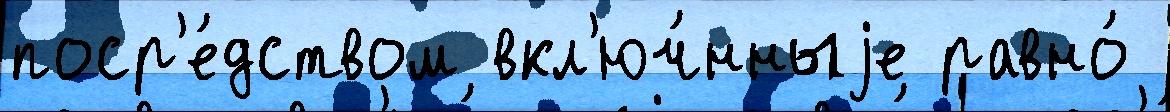
поср'е́дством вкл'юч́нныjе равно́